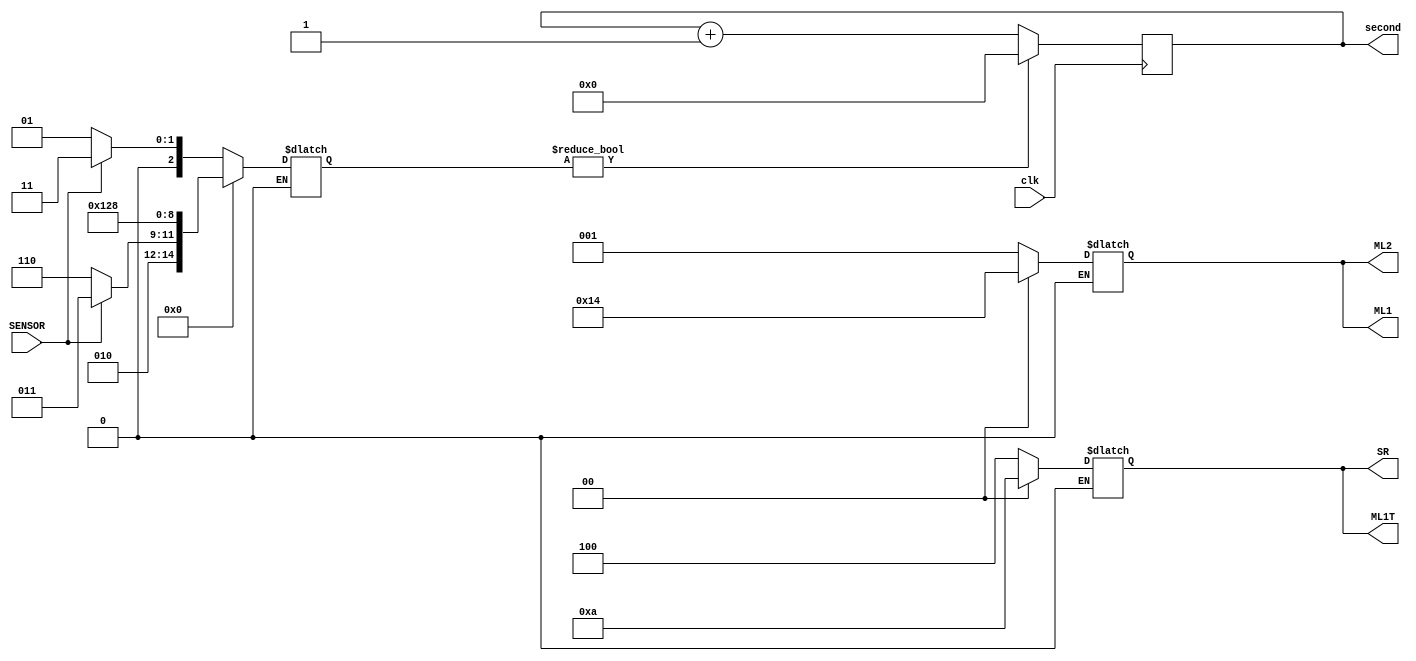
module case_2(ML1,ML1T, ML2, SR,SENSOR,clk,second);
parameter S0=3'b000,//G,R,G,R
          S1=3'b001,//G,R,Y,R
          S2=3'b010,//G,G,R,R
          S3=3'b011,//Y,Y,R,R       
          S4=3'b100,//R,R,R,G
          S5=3'b101,//R,R,R,Y
          S6=3'b110;//G,Y,R,R
input SENSOR, //side road  sensor
    clk;
output reg[2:0] ML1,
                ML1T,
                ML2,
                SR;
reg[2:0] state,next_state; //to change the lights
output reg[7:0] second=-1;
initial state<=2'b000; 
initial ML1<=3'b001; 
initial ML1T<=3'b100;
initial ML2<=3'b001;
initial SR<=3'b100; 
always@(posedge clk)begin 
    state<=next_state; //to change state to next state
end
always @(*) begin //switch between states
    case(state) 
        S0:
            begin
               ML1<=3'b001; 
               ML1T<=3'b100;
               ML2<=3'b001;
               SR<=3'b100;
               if((SENSOR==1))begin 
                       next_state<=S3;end                

             else begin
                   next_state<=S1;end 
             end
         S1:
            begin
                ML1<=3'b001;
                ML1T<=3'b100;
                ML2<=3'b010;
                SR<=3'b100;
                if(second==3) begin       
                    next_state<=S2;end 
            end
          S2:
            begin
                ML1<=3'b001;
                ML1T<=3'b001;
                ML2<=3'b100;
                SR<=3'b100;
                #4000;
                if(SENSOR==1) begin       
                    next_state<=S3;end 
                else begin
                    #500;
                    next_state<=S6;end 
              end
        S3:
            begin
                ML1<=3'b010;
                ML1T<=3'b010;
                ML2<=3'b100;
                SR<=3'b100;
                if(second==2)begin                       
                     next_state<=S4;
                     end    
            end
        S4:
            begin
                ML1<=3'b100;
                ML1T<=3'b100;
                ML2<=3'b100;
                SR<=3'b001;
                if(second==6)begin                                             
                    next_state<=S5;end                                  
            end
        S5:
            begin
                ML1<=3'b100;
                ML1T<=3'b100;
                ML2<=3'b100;
                SR<=3'b010;
                if(second==2) begin       
                    next_state<=S0;end 
            end
         S6:
            begin
                ML1<=3'b001;
                ML1T<=3'b010;
                ML2<=3'b100;
                SR<=3'b100;
                if (second==2)begin 
                    next_state<=S0;end 
            end
        default state<=S0; 
        endcase
 end
 
 always@(posedge clk)begin
    if(state!=next_state)begin 
        state<=next_state;
        second<=0;end       
     else begin
        second<=second+1;end
 end
 endmodule